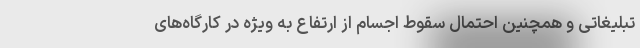
تبلیغاتی و همچنین احتمال سقوط اجسام از ارتفاع به ویژه در کارگاه‌های